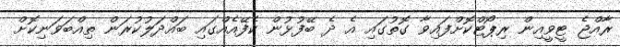
ރާއްޖެ ޓީވީއިން ރިޕޯޓްކޮށްފައިވާ ގޮތުގައި އެ ދެ ބޭފުޅުން ކެފޭއެއްގައި ބައްދަލުކުރަން ތިއްބަވަނިކޮށް